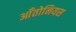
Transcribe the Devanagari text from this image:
आँतोनियस